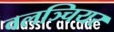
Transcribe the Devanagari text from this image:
वलञ्चियर